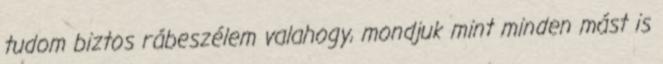
tudom biztos rábeszélem valahogy, mondjuk mint minden mást is